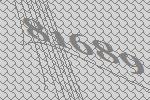
81689